65_HS1-834228961_62-HQ-83894_Section_7
Agency: FBI
Page 82
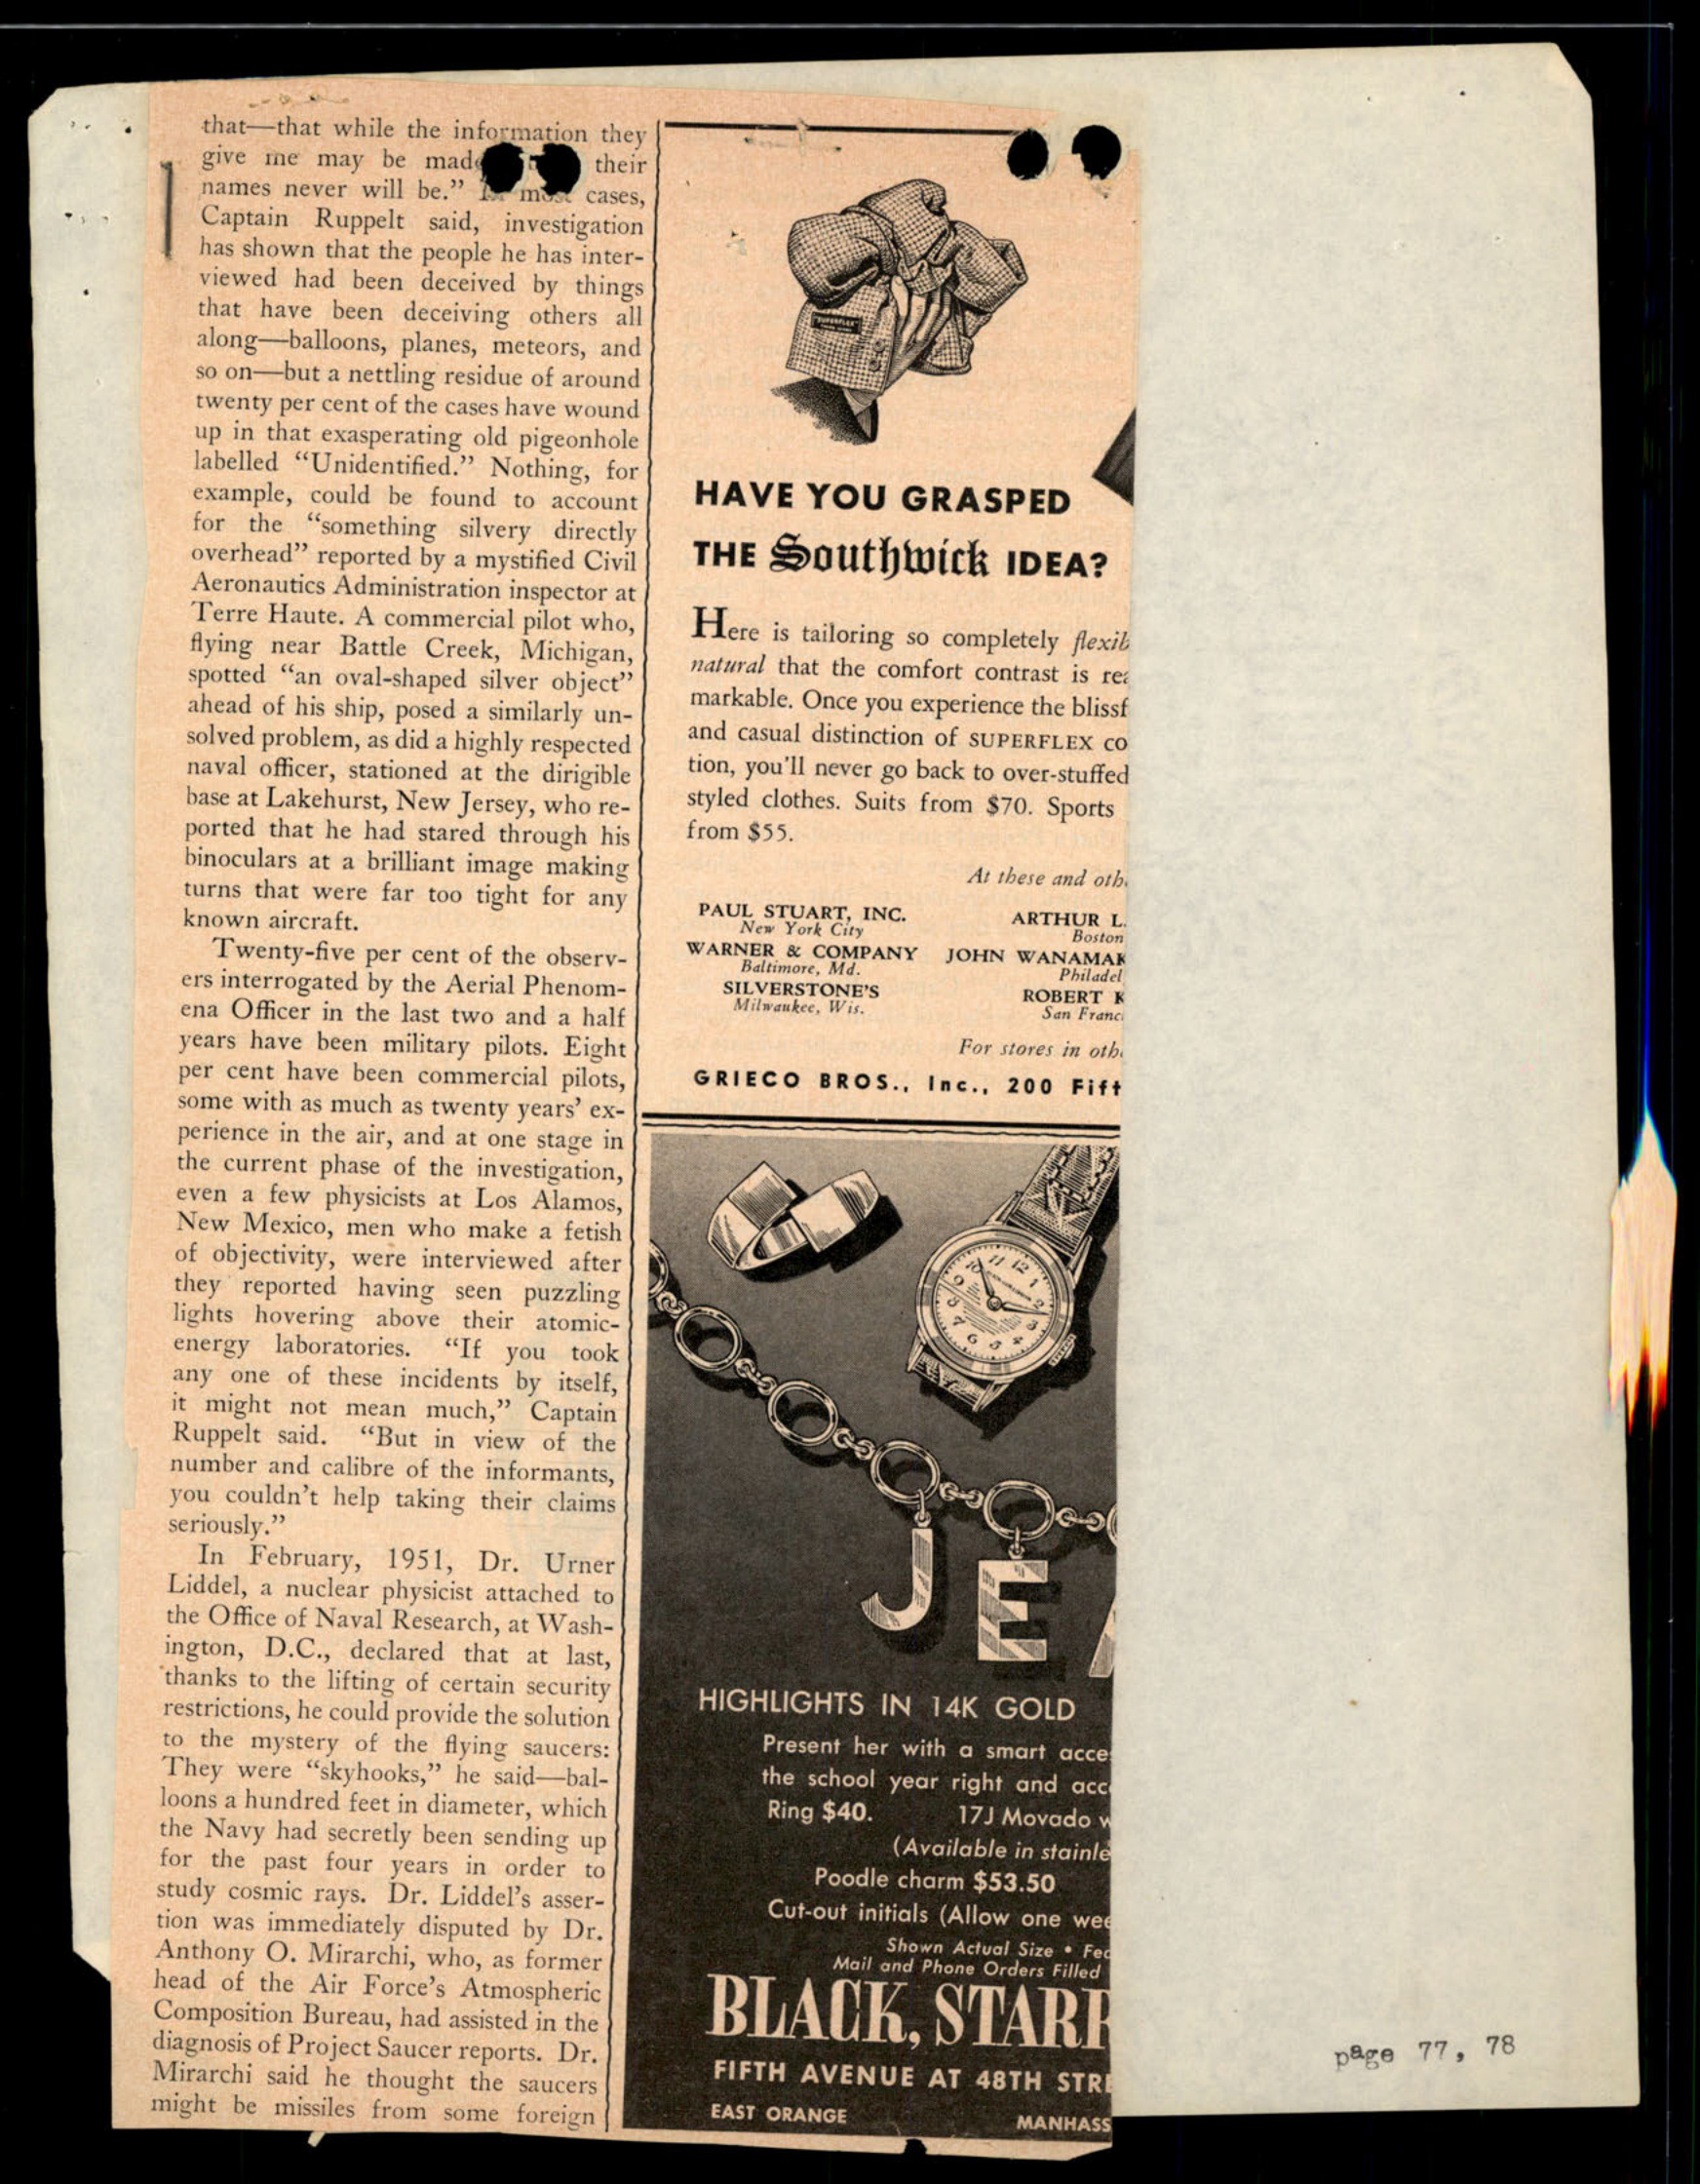